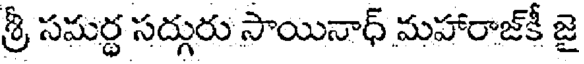
శ్రీ సమర్థ సద్గురు సాయినాధ్ మహారాజ్కీ జై